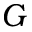
\boldsymbol { G }